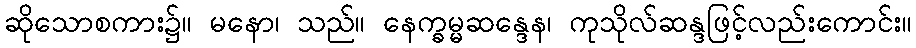
ဆိုသောစကား၌။ မနော၊ သည်။ နေက္ခမ္မဆန္ဒေန၊ ကုသိုလ်ဆန္ဒဖြင့်လည်းကောင်း။